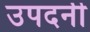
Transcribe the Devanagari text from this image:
उपदनी